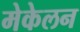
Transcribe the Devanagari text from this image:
मेकेलन